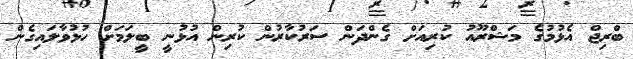
ބްރިޖް އެޅުމުގެ މަޝްރޫއު ކުރިއަށް ގެންދަން ސަރުކާރުން ކުރިން އުޅުނީ ބީލަމަށް ހުޅުވާލައިގެން